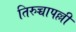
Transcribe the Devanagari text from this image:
तिरुच्चापल्ली